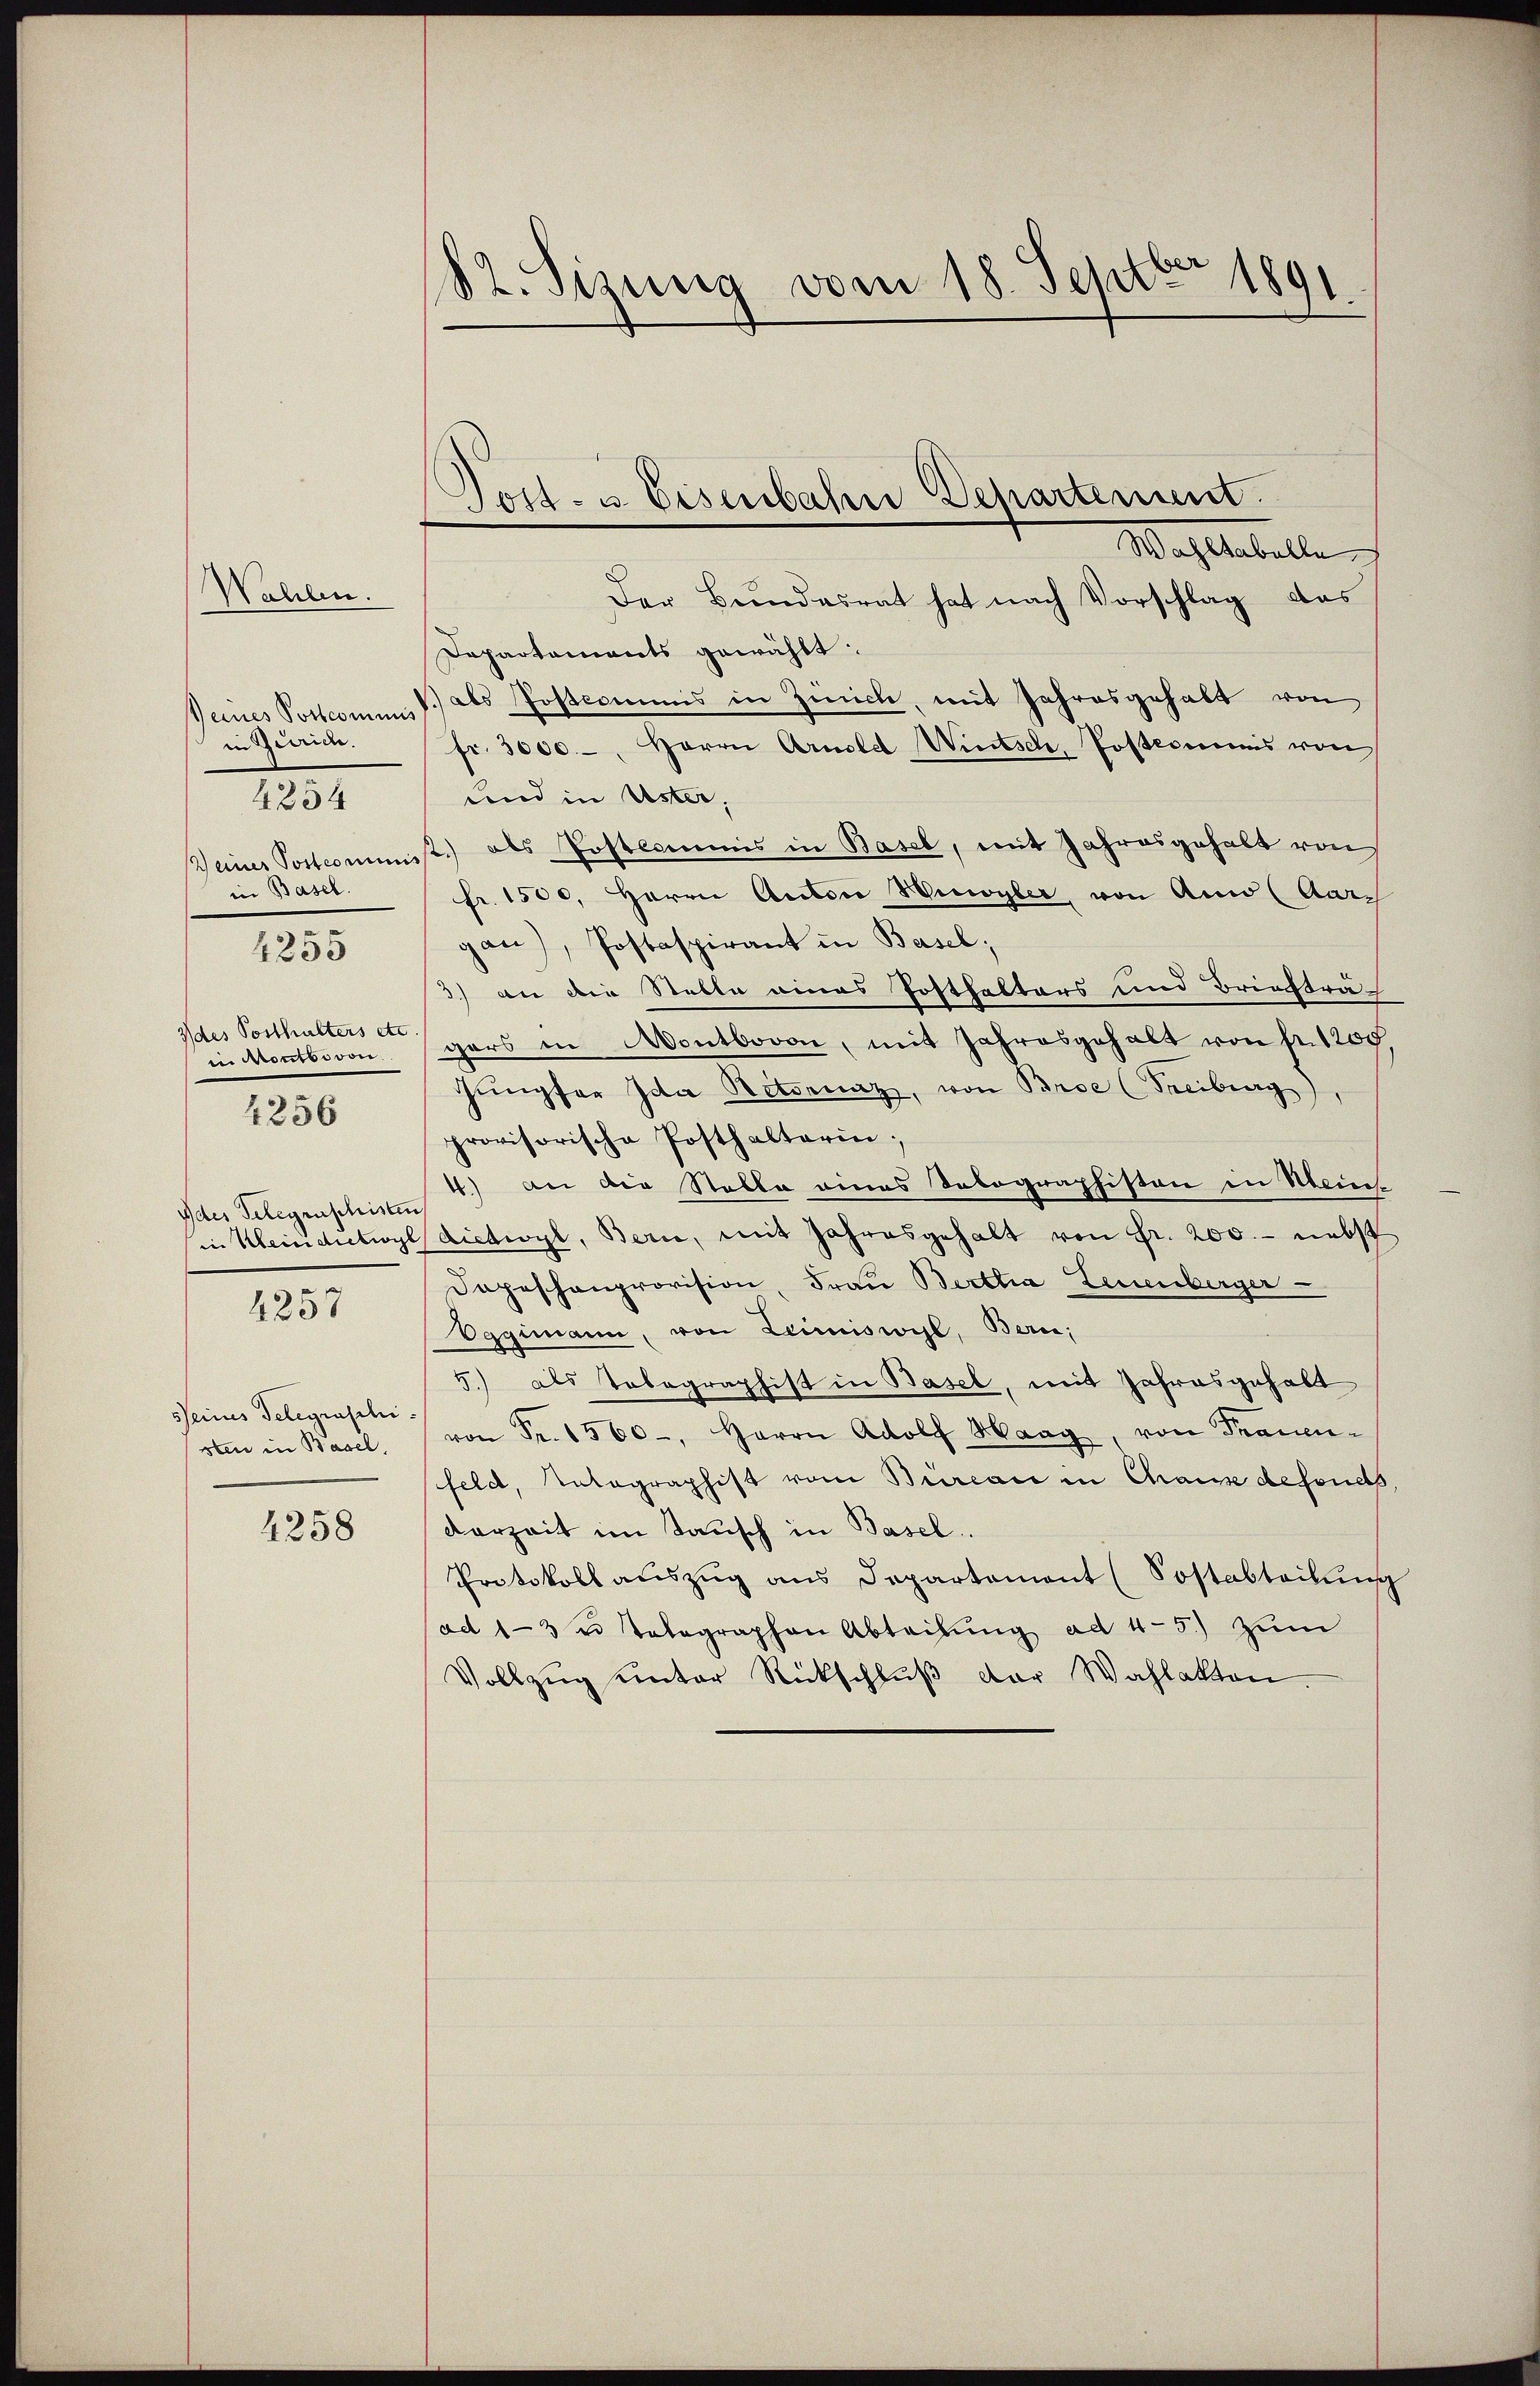
Wahlen.
Reines Postcommis
in Gerich.
4254
in Basel.
4255

3 des Posthalters etc.
4256

Ides Gelegenschisten

4257

seines Telegraschi

4258

82. Sizung vom 18. Septbr 1891

Wachstabelle
Der Beindesrat hat nach Vorschlag das
Departaments gewählt:
als Postcommis in Zürich, mit Jahresgehalt von
fr. 3000.-, Herrn Arnold Wintsch, Postcommis von
und in Uster,
(einer Postcommist) als Postcommis in Basel, mit Jahresgehalt von
fr. 1500. Herrn Autor Hinwyler, von Auw (Aar
gan), Postaspirant in Basel;
3) an die Stelle eines Postfalters und Brieftra
in Montbovon gars in Montbovon, mit Jahresgehalt von fr. 1200
Jungfer Ida Retornaz, von Broe (Freiburg),
provisorische Posthalterin;
4.) Bei die Stalla eines Dolographisten in Meines
in Kleinchetwyl dietwyl, Bern, mit Jahresgehalt von Fr. 200.- nebst
Depeschenprovision, Frau Bertha Leuenberger
Oggimann, von Leimiswyl, Bern,
5.) als Tobegraphist in Basel, mit Jahresgehalt
sten in Basel, von Fr. 1560-, Herrn Adolf Haag, von Frauenfeld, Totagraphist vom Büreau in Chause defonds,
Verzeit im Tausch in Basel.
Protokoll aŭszŭg ans Departement (Sostabteilŭng
(ad 1-3 u Telegraphen Abteilŭng ad 4-5.) zŭm
Vollzŭg ŭnter Rückschlŭβ der Wahlakten.

Sost- u. Eisenbahn Departement.